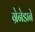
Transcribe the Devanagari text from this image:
ग्रेनेडाने